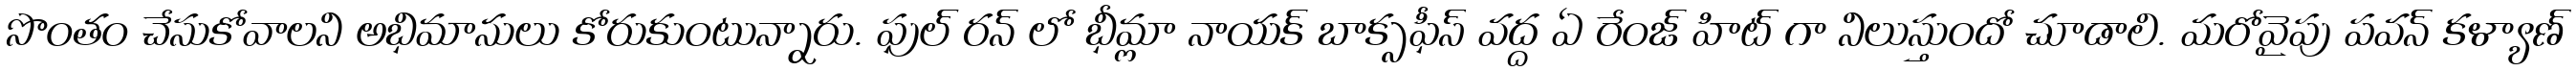
సొంతం చేసుకోవాలని అభిమానులు కోరుకుంటున్నారు. ఫుల్ రన్ లో భీమ్లా నాయక్ బాక్సఫీస్ వద్ద ఏ రేంజ్ హిట్ గా నిలుస్తుందో చూడాలి. మరోవైపు పవన్ కళ్యాణ్